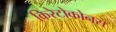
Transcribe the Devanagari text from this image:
किरेटोकोनस